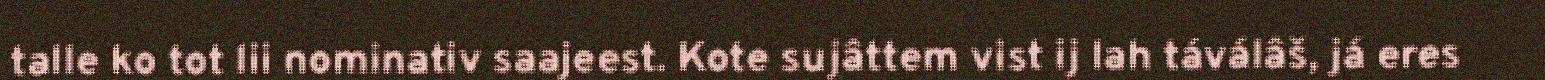
talle ko tot lii nominativ saajeest. Kote sujâttem vist ij lah táválâš, já eres